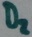
Text: D2